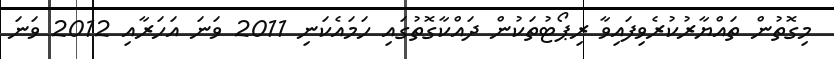
މިގޮތުން ތައްޔާރުކުރެވިފައިވާ ރިޕޯޓުތަކުން ދައްކާގޮތުގައި ހަމައެކަނި 2011 ވަނަ އަހަރާއި 2012 ވަނަ